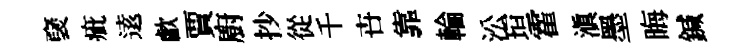
裦疵逺歔賈廚抄從千卋靠輪㳂垣霍滇墨晦鍼